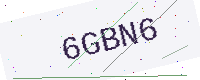
Text: 6GBN6